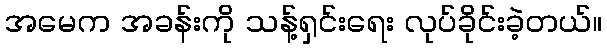
အမေက အခန်းကို သန့်ရှင်းရေး လုပ်ခိုင်းခဲ့တယ်။